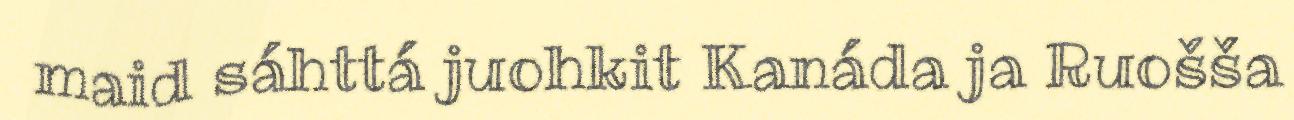
maid sáhttá juohkit Kanáda ja Ruošša